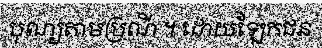
បុណ្យតាមប្រណី ។ ដោយឡែកជន